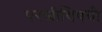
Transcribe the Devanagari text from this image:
परस्त्रीविषयी